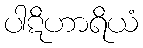
ပါဋိဟာရိယံ